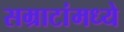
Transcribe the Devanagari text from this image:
सम्राटांमध्ये